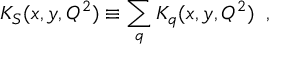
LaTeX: K _ { S } ( x , y , Q ^ { 2 } ) \equiv \sum _ { q } K _ { q } ( x , y , Q ^ { 2 } ) \; \; ,